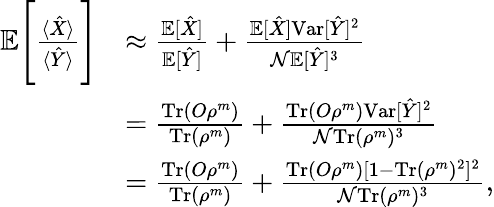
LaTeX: \begin{array}{rl}{\mathbb{E}\Bigg[\frac{\langle\hat{X}\rangle}{\langle\hat{Y}\rangle}\Bigg]}&{\approx\frac{\mathbb{E}[\hat{X}]}{\mathbb{E}[\hat{Y}]}+\frac{\mathbb{E}[\hat{X}]\textrm{Var}[\hat{Y}]^{2}}{\mathcal{N}\mathbb{E}[\hat{Y}]^{3}}}\\ &{=\frac{\textrm{Tr}(O\rho^{m})}{\textrm{Tr}(\rho^{m})}+\frac{\textrm{Tr}(O\rho^{m})\textrm{Var}[\hat{Y}]^{2}}{\mathcal{N}\textrm{Tr}(\rho^{m})^{3}}}\\ &{=\frac{\textrm{Tr}(O\rho^{m})}{\textrm{Tr}(\rho^{m})}+\frac{\textrm{Tr}(O\rho^{m})[1-\textrm{Tr}(\rho^{m})^{2}]^{2}}{\mathcal{N}\textrm{Tr}(\rho^{m})^{3}},}\end{array}